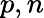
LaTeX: p,n